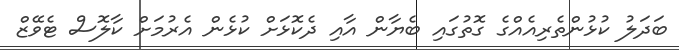
ބަދަލު ކުޅުންތެރިއެއްގެ ގޮތުގައި ބެޔާން އާއި ދެކޮޅަށް ކުޅެން އެރުމަށް ކާލޮސް ޓެވޭޒް